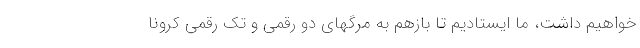
خواهیم داشت، ما ایستادیم تا بازهم به مرگهای دو رقمی و تک رقمی کرونا